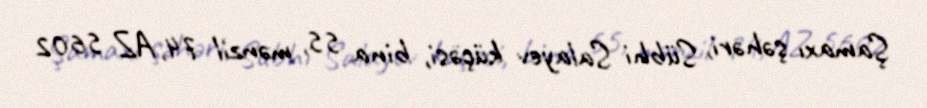
Şamaxı şəhəri, Sübhi Salayev küçəsi, bina 55, mənzil 74, AZ 5602